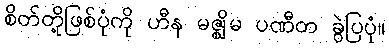
စိတ်တို့ဖြစ်ပုံကို ဟီန မဇ္ဈိမ ပဏီတ ခွဲပြပုံ။